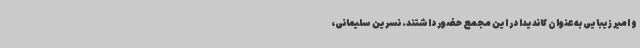
و امیر زیبایی به عنوان کاندیدا در این مجمع حضور داشتند. نسرین سلیمانی،